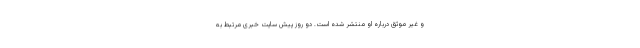
و غیر موثق درباره او منتشر شده است. دو روز پیش سایت خبری مرتبط به